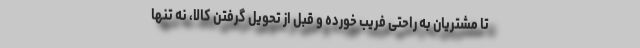
تا مشتریان به‌ راحتی فریب‌ خورده و قبل از تحویل گرفتن کالا، نه‌ تنها